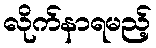
လိုက်နာရမည့်